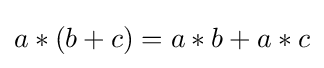
a*(b+c)=a*b+a*c